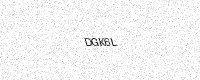
Text: DGK6L